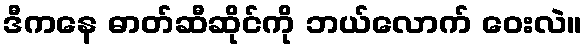
ဒီကနေ ဓာတ်ဆီဆိုင်ကို ဘယ်လောက် ဝေးလဲ။